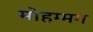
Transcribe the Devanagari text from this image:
मोहम्मग